Civil Veterinary Dept. North-West Frontier Province 1933-46 - 1933-1946
Year: 1933
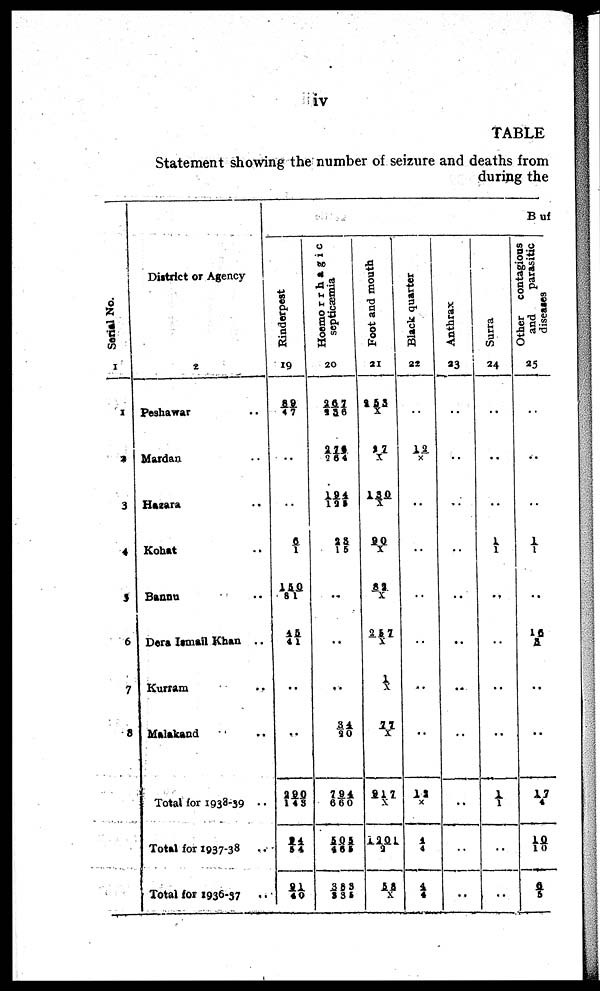
iv
TABLE
Statement showing the number of seizure and deaths from
during the
Serial No.
1
1
2
3
4
3
6
7
8
District or Agency
2
Peshawar ...
Mardan ...
Hazara ..
Kohat ..
Bannu ..
Dera Ismail Khan ..
Kurram
..
Malakand .. ..
Total for 1938-39 ..
Total for 1937-38
..
Total for 1936-37
Buf
Rinderpest
19
89/47
..
..
6/1
150/81
45/41
..
..
290/143
24/54
21/40
Hoemorrhagic
septicæmia
20
267/236
276/264
194/125
28/ 15
..
..
..
34/20
794/660
505/455
383/335
Foot and mouth
21
253/X
27/X
130/X
90/X
32/X
257/ X
1/X
77/X
917/X
1201/2
58/X
Black quarter
22
..
12/X
..
..
..
..
..
..
12/ X
4/4
4/4
Anthrax
23
..
..
..
..
..
..
..
..
..
..
..
Surra
24
..
..
..
1/1
..
..
..
..
1/1
..
..
Other
contagious
and
parasitic
diseases
25
..
..
..
1/1
..
16/3
..
..
17/4
10/10
6/5